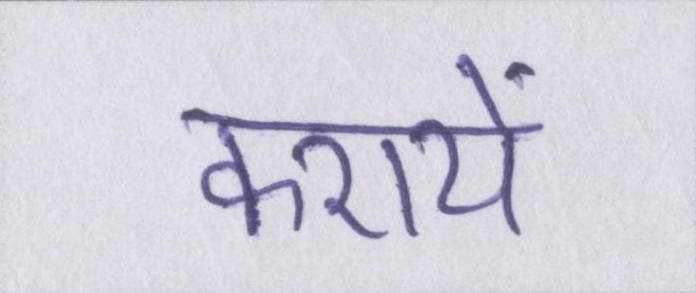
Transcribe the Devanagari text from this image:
करायें